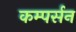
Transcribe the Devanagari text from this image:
कम्पर्सन